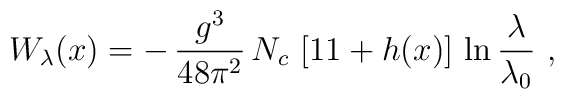
W_\lambda(x) = - \,{g^3 \over 48 \pi^2}\, N_c \, \left[11 + h(x) \right]\,\ln{\lambda \over \lambda_0}  \,\, ,